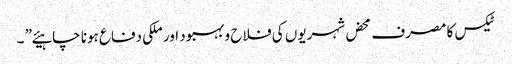
ٹیکس کا مصرف محض شہریوں کی فلاح و بہبود اور ملکی دفاع ہونا چاہیئے” ۔